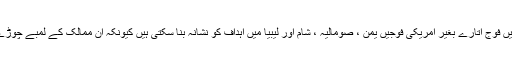
بڑی تعداد میں فوج اتارے بغیر امریکی فوجیں یمن ، صومالیہ ، شام اور لیبیا میں اہداف کو نشانہ بنا سکتی ہیں کیونکہ ان ممالک کے لمبے چوڑے ساحل ہیں۔